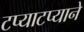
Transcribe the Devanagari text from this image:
टप्याटप्याने